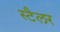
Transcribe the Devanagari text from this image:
स्टैलर